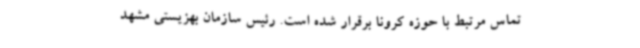
تماس مرتبط با حوزه کرونا برقرار شده است. رئیس سازمان بهزیستی مشهد